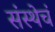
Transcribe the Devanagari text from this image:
संस्थेचं